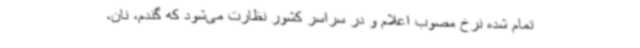
تمام شده نرخ مصوب اعلام و در سراسر کشور نظارت می‌شود که گندم، نان،